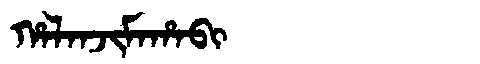
Manchu: ᡥᠠᠯᠠᠨᠵᡳᠮᠠᡥᠠᠪᡳ
Romanization: HALANJIMAHABI